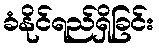
ခံနိုင်ရည်ရှိခြင်း